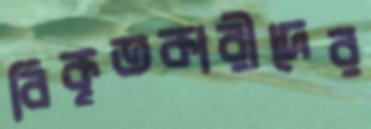
বিকৃতকারীদের